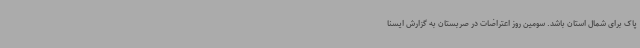
پاک برای شمال استان باشد. سومین روز اعتراضات در صربستان به گزارش ایسنا